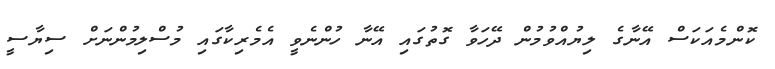
ކޮންމެއަކަސް އޭނާގެ ލިޔުއްވުމުން ދޭހަވާ ގޮތުގައި އޭނާ ހުންނެވީ އެމެރިކާގައި މުސްލިމުންނަށް ސިޔާސީ